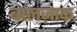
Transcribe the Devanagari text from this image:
बालज़ाक